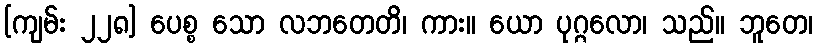
[ကျမ်း ၂၂၈] ပေစ္စ သော လဘတေတိ၊ ကား။ ယော ပုဂ္ဂလော၊ သည်။ ဘူတေ၊